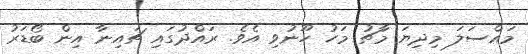
މައްސަލަ މިދިޔަ މާޗު މަހު ހޫނުވި އެވެ. ރައްދުގައި ޗައިނާ އިން ބޯޑަރު